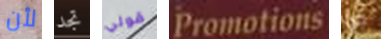
لأن تجد قولي Promotions ديا